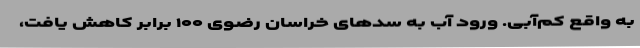
به واقع کم‌آبی. ورود آب به سدهای خراسان رضوی ۱۰۰ برابر کاهش یافت،